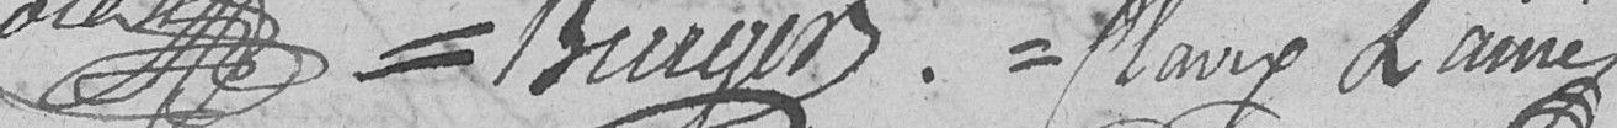
Burger. Clavey l'ainé